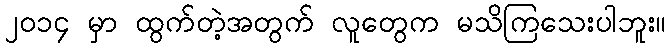
၂၀၁၄ မှာ ထွက်တဲ့အတွက် လူတွေက မသိကြသေးပါဘူး။